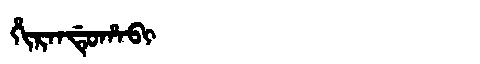
Manchu: ᡥᡳᡵᠠᠨᡩᡠᡥᠠᠪᡳ
Romanization: HIRANDUHABI